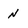
Character: N